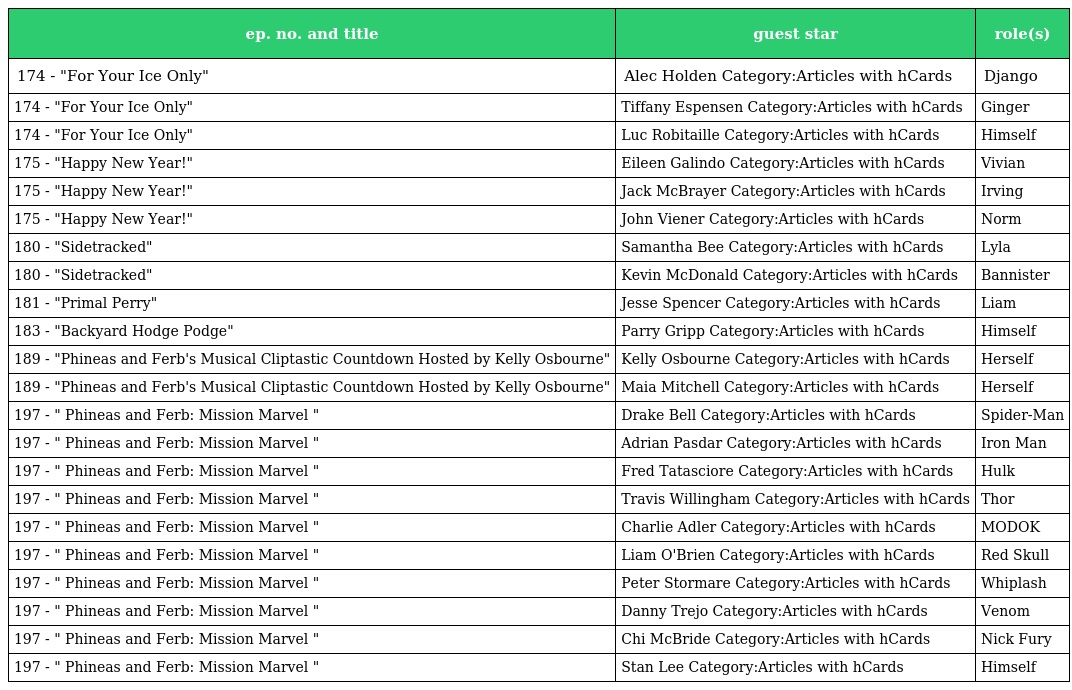
| ep. no. and title | guest star | role(s) |
 | --- | --- | --- |
 | 174 - "For Your Ice Only" | Alec Holden Category:Articles with hCards | Django |
 | 174 - "For Your Ice Only" | Tiffany Espensen Category:Articles with hCards | Ginger |
 | 174 - "For Your Ice Only" | Luc Robitaille Category:Articles with hCards | Himself |
 | 175 - "Happy New Year!" | Eileen Galindo Category:Articles with hCards | Vivian |
 | 175 - "Happy New Year!" | Jack McBrayer Category:Articles with hCards | Irving |
 | 175 - "Happy New Year!" | John Viener Category:Articles with hCards | Norm |
 | 180 - "Sidetracked" | Samantha Bee Category:Articles with hCards | Lyla |
 | 180 - "Sidetracked" | Kevin McDonald Category:Articles with hCards | Bannister |
 | 181 - "Primal Perry" | Jesse Spencer Category:Articles with hCards | Liam |
 | 183 - "Backyard Hodge Podge" | Parry Gripp Category:Articles with hCards | Himself |
 | 189 - "Phineas and Ferb's Musical Cliptastic Countdown Hosted by Kelly Osbourne" | Kelly Osbourne Category:Articles with hCards | Herself |
 | 189 - "Phineas and Ferb's Musical Cliptastic Countdown Hosted by Kelly Osbourne" | Maia Mitchell Category:Articles with hCards | Herself |
 | 197 - " Phineas and Ferb: Mission Marvel " | Drake Bell Category:Articles with hCards | Spider-Man |
 | 197 - " Phineas and Ferb: Mission Marvel " | Adrian Pasdar Category:Articles with hCards | Iron Man |
 | 197 - " Phineas and Ferb: Mission Marvel " | Fred Tatasciore Category:Articles with hCards | Hulk |
 | 197 - " Phineas and Ferb: Mission Marvel " | Travis Willingham Category:Articles with hCards | Thor |
 | 197 - " Phineas and Ferb: Mission Marvel " | Charlie Adler Category:Articles with hCards | MODOK |
 | 197 - " Phineas and Ferb: Mission Marvel " | Liam O'Brien Category:Articles with hCards | Red Skull |
 | 197 - " Phineas and Ferb: Mission Marvel " | Peter Stormare Category:Articles with hCards | Whiplash |
 | 197 - " Phineas and Ferb: Mission Marvel " | Danny Trejo Category:Articles with hCards | Venom |
 | 197 - " Phineas and Ferb: Mission Marvel " | Chi McBride Category:Articles with hCards | Nick Fury |
 | 197 - " Phineas and Ferb: Mission Marvel " | Stan Lee Category:Articles with hCards | Himself |